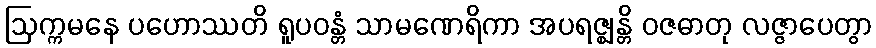
ဩက္ကမနေ ပဟောဿတိ ရူပဝန္တံ သာမဏေရိကာ အပရဇ္ဈန္တိ ဝဇဓာတု လဇ္ဇာပေတွာ